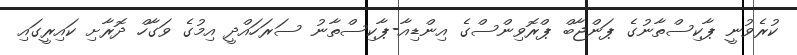
ކުރެވުނީ ޕާކިސްތާނުގެ ޕަންޖާބް ޕްރޮވިންސްގެ އިންޑިއާ-ޕާކިސްތާނު ސަރަހައްދީ އިމުގެ ވަގާހް ދޮރާށި ކައިރީގައި